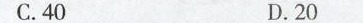
C.40 D.20